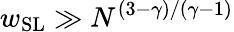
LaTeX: w_{\mathrm{SL}}\gg N^{(3-\gamma)/(\gamma-1)}